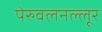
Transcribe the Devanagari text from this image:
पेरुवलनल्लूर